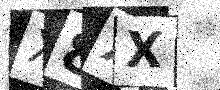
Text: X8XX